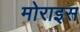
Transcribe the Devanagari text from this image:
मोराइस